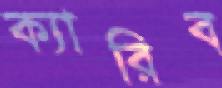
ক্যারিব